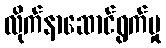
လိုက်နာဆောင်ရွက်မှု